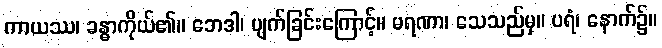
ကာယဿ၊ ခန္ဓာကိုယ်၏။ ဘေဒါ၊ ပျက်ခြင်းကြောင့်။ မရဏာ၊ သေသည်မှ။ ပရံ၊ နောက်၌။